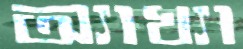
অ্যাখ্যা